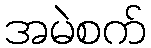
အမဲစက်